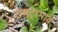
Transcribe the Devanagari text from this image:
राष्ट्रभाव